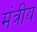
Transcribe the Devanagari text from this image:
मंत्रीय